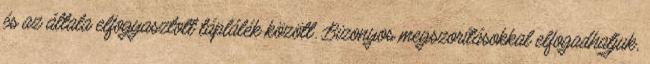
és az általa elfogyasztott táplálék között. Bizonyos megszorításokkal elfogadhatjuk,